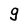
Character: g